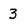
Character: 3